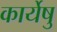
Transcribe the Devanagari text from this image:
कार्येषु